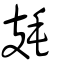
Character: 㲍